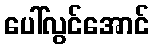
ပေါ်လွင်အောင်